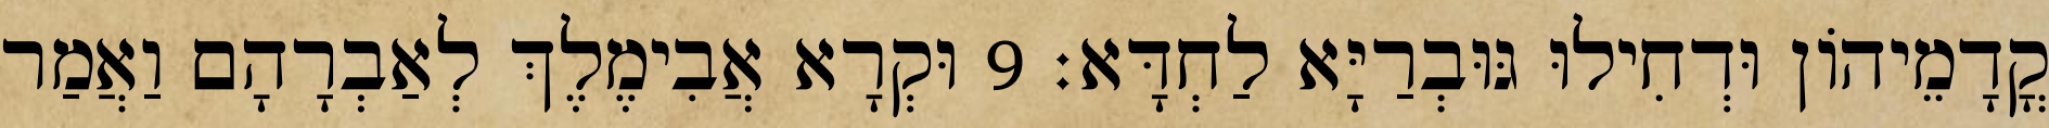
קֳדָמֵיהוֹן וּדְחִילוּ גּוּבְרַיָּא לַחְדָּא׃ 9 וּקְרָא אֲבִימֶלֶךְ לְאַבְרָהָם וַאֲמַר